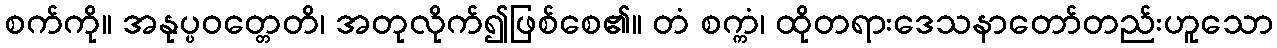
စက်ကို။ အနုပ္ပဝတ္တေတိ၊ အတုလိုက်၍ဖြစ်စေ၏။ တံ စက္ကံ၊ ထိုတရားဒေသနာတော်တည်းဟူသော